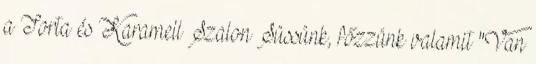
a Torta és Karamell Szalon Süssünk, főzzünk valamit "Van